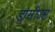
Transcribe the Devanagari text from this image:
डांसीउस